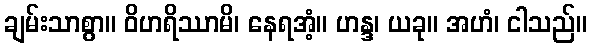
ချမ်းသာစွာ။ ဝိဟရိဿာမိ၊ နေရအံ့။ ဟန္ဒ၊ ယခု။ အဟံ၊ ငါသည်။